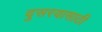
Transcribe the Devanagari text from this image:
दुसरयासाठी